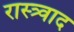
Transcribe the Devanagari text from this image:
रास्त्र्वाद